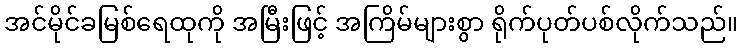
အင်မိုင်ခမြစ်ရေထုကို အမြီးဖြင့် အကြိမ်များစွာ ရိုက်ပုတ်ပစ်လိုက်သည်။